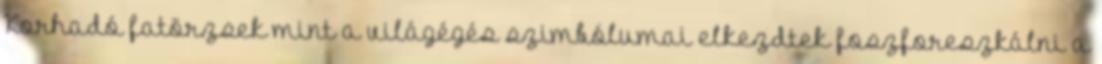
Korhadó fatörzsek mint a világégés szimbólumai elkezdtek foszforeszkálni a